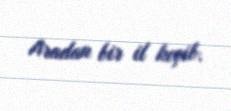
Aradan bir il keçib.